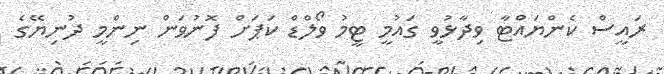
ރައީސް ކެންޔައްޓާ ވިދާޅުވީ ގައުމީ ޓީމު ވޯލްޑް ކަޕަށް ފޮނުވަން ނިންމީ ދުނިޔޭގެ